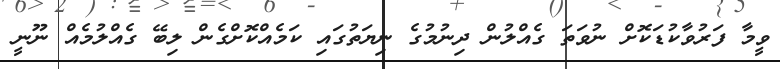
ވީމާ ފަރުވާކުޑަކޮށް ނުވަތަ ގެއްލުން ދިނުމުގެ ނިޔަތުގައި ކަމެއްކޮށްގެން ލިބޭ ގެއްލުމެއް ނޫނީ